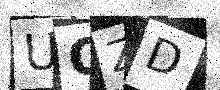
Text: UOZD